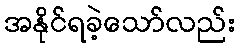
အနိုင်ရခဲ့သော်လည်း